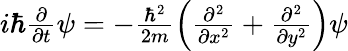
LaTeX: \begin{array}{r}{i\hbar\frac{\partial}{\partial t}\psi=-\frac{\hbar^{2}}{2m}\left(\frac{\partial^{2}}{\partial x^{2}}+\frac{\partial^{2}}{\partial y^{2}}\right)\psi}\end{array}